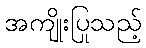
အကျိုးပြုသည့်